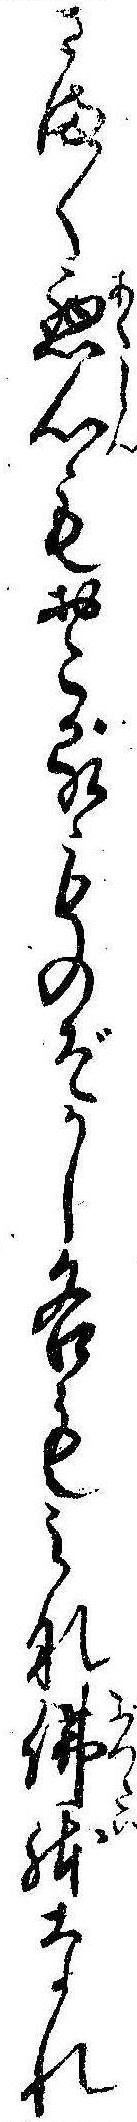
さま〱悪心もおこるものぞかし各もみな仏体なれ